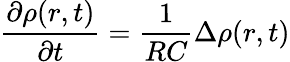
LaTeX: \frac{\partial\rho(r,t)}{\partial t}=\frac{1}{RC}\Delta\rho(r,t)